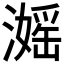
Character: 𣽮